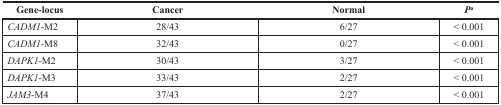
<table><thead><tr><td><b>Gene-locus</b></td><td><b>Cancer</b></td><td><b>Normal</b></td><td><b><i>P</i><sup>a</sup></b></td></tr></thead><tbody><tr><td><i>CADM1</i>-M2</td><td>28/43</td><td>6/27</td><td>&lt; 0.001</td></tr><tr><td><i>CADM1</i>-M8</td><td>32/43</td><td>0/27</td><td>&lt; 0.001</td></tr><tr><td><i>DAPK1</i>-M2</td><td>30/43</td><td>3/27</td><td>&lt; 0.001</td></tr><tr><td><i>DAPK1</i>-M3</td><td>33/43</td><td>2/27</td><td>&lt; 0.001</td></tr><tr><td><i>JAM3</i>-M4</td><td>37/43</td><td>2/27</td><td>&lt; 0.001</td></tr></tbody></table>